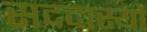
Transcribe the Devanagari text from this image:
सददास्यों